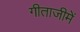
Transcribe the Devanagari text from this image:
गीताजीमें